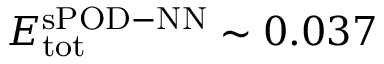
E _ { \mathrm { t o t } } ^ { \mathrm { s P O D - N N } } \sim 0 . 0 3 7